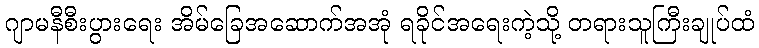
ဂျာမနီစီးပွားရေး အိမ်ခြေအဆောက်အအုံ ရခိုင်အရေးကဲ့သို့ တရားသူကြီးချုပ်ထံ